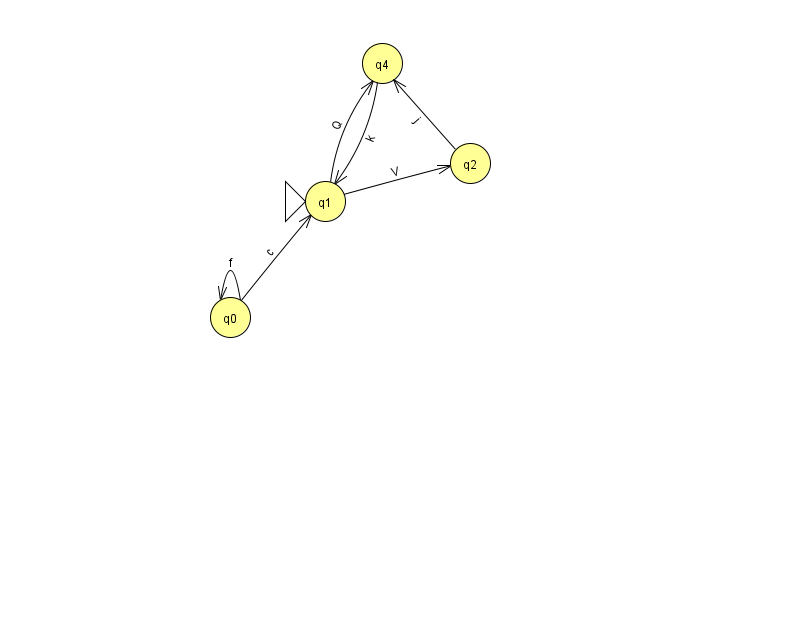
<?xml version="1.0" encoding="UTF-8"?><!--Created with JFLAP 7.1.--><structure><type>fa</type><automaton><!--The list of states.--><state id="0" name="q0"><x>230.0</x><y>304.0</y></state><state id="1" name="q1"><x>325.0</x><y>188.0</y><initial/></state><state id="2" name="q2"><x>470.0</x><y>150.0</y></state><state id="4" name="q4"><x>382.0</x><y>50.0</y></state><!--The list of transitions.--><transition><from>1</from><to>2</to><read>V</read></transition><transition><from>0</from><to>0</to><read>f</read></transition><transition><from>0</from><to>1</to><read>c</read></transition><transition><from>1</from><to>4</to><read>Q</read></transition><transition><from>2</from><to>4</to><read>j</read></transition><transition><from>4</from><to>1</to><read>k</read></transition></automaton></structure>